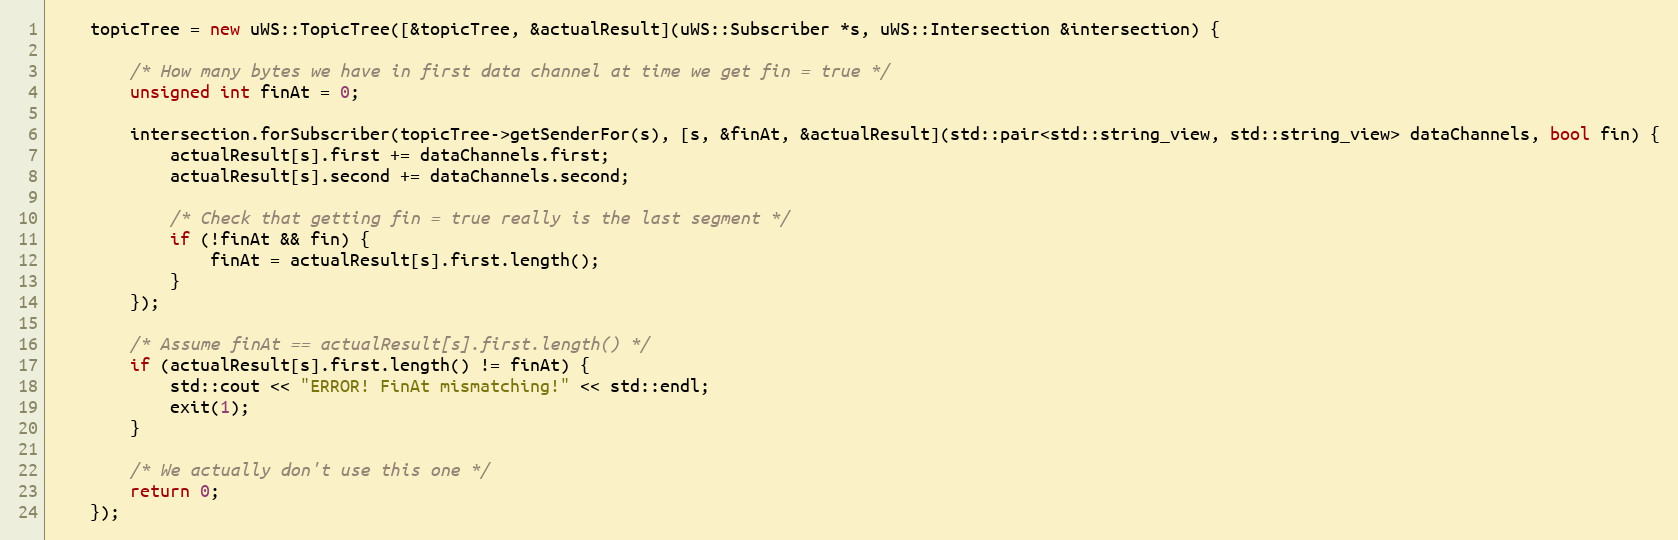
Language: C++
    topicTree = new uWS::TopicTree([&topicTree, &actualResult](uWS::Subscriber *s, uWS::Intersection &intersection) {

        /* How many bytes we have in first data channel at time we get fin = true */
        unsigned int finAt = 0;

        intersection.forSubscriber(topicTree->getSenderFor(s), [s, &finAt, &actualResult](std::pair<std::string_view, std::string_view> dataChannels, bool fin) {
            actualResult[s].first += dataChannels.first;
            actualResult[s].second += dataChannels.second;

            /* Check that getting fin = true really is the last segment */
            if (!finAt && fin) {
                finAt = actualResult[s].first.length();
            }
        });

        /* Assume finAt == actualResult[s].first.length() */
        if (actualResult[s].first.length() != finAt) {
            std::cout << "ERROR! FinAt mismatching!" << std::endl;
            exit(1);
        }

        /* We actually don't use this one */
        return 0;
    });